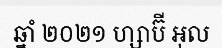
ឆ្នាំ ២០២១ ហ្សាប៊ី អុល